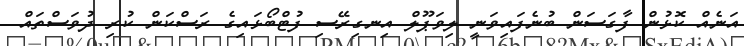
އަނެއް ކޮޅުން ފާގަސަން ބުނެފައިވަނީ ލިވަޕޫލް އިނގިރޭސި ފުޓްބޯޅައިގެ ރަސްކަން ކުރި ދުވަސްތައް